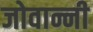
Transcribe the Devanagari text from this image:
जोवान्नी